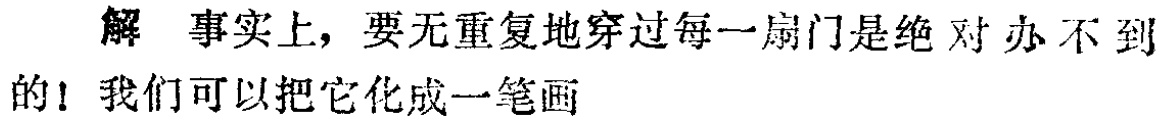
解 事实上，要无重复地穿过每一扇门是绝对办不到的！我们可以把它化成一笔画